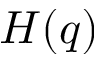
H ( q )